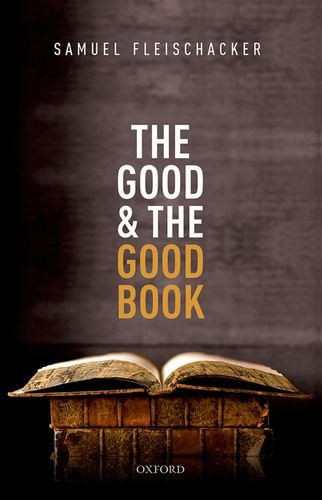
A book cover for The Good and the Good Book: Revelation as a Guide to Life; Samuel Fleischacker; Religion & Spirituality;